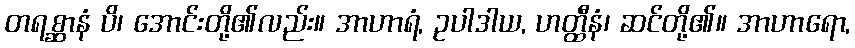
တရစ္ဆာနံ ပိ၊ အောင်းတို့၏လည်း။ အာဟာရံ, ဥပါဒါယ, ဟတ္ထီနံ၊ ဆင်တို့၏။ အာဟာရော,